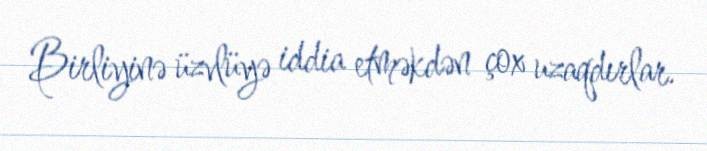
Birliyinə üzvlüyə iddia etməkdən çox uzaqdırlar.